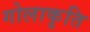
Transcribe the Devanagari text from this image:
गोलाकृति